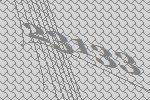
23133